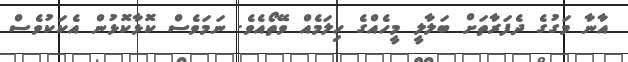
އާނާ މަގުގެ ދެފަރާތަށް ބަލާލީ މީހެއްގެ ހިލަމެއް ވޭތޯއެވެ. ނަމަވެސް ކޮޅާކޮޅުން އެކަކުވެސް